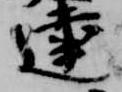
達